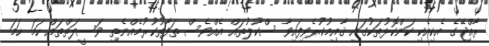
ރާއްޖޭގެ އެކިއެކި ކަންކޮޅުތަކުގައި ޤާއިމުކުރެވިފައިވާ ސްކޫލުތައް އެއްވެސް ތަފާތުކުރުމެއްނެތި ވަސީލަތްތައް ހަމަ ހަމަ